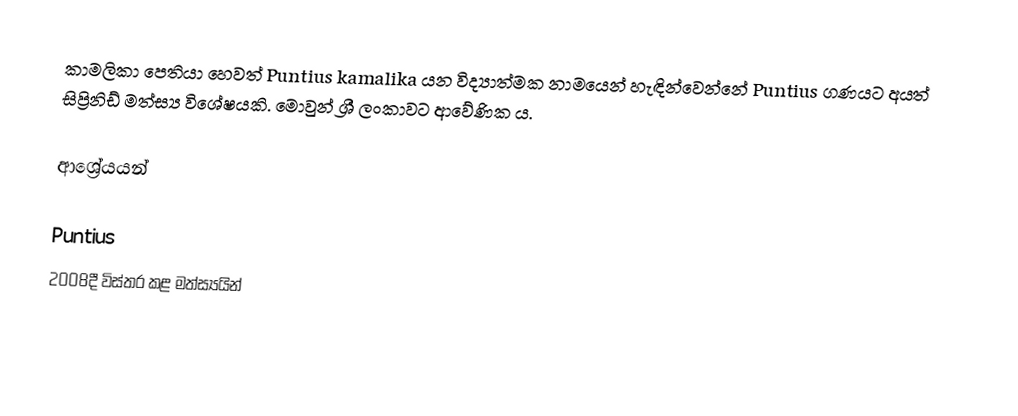
කාමලිකා පෙතියා හෙවත් Puntius kamalika යන විද්‍යාත්මක නාමයෙන් හැඳින්වෙන්නේ Puntius ගණයට අයත් සිප්‍රිනිඩ් මත්ස්‍ය විශේෂයකි. මොවුන් ශ්‍රී ලංකාවට ආවේණික ය.

ආශ්‍රේයයන්

Puntius
2008දී විස්තර කළ මත්ස්‍යයින්